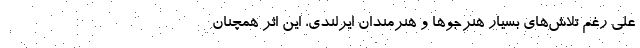
علی رغم تلاش‌های بسیار هنرجو‌ها و هنرمندان ایرلندی، این اثر همچنان